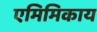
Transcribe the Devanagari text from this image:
एमिमिकाय